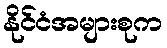
နိုင်ငံအများစုက